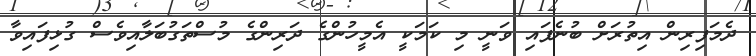
ދެމަފިރިން އިތުރަށް ބުނެފައި ވަނީ މި ކަމަކީ އެމީހުންގެ ދަރިންގެ މުސްތަގުބަލާއިވެސް ގުޅިފައިވާ